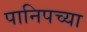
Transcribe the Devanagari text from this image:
पानिपच्या